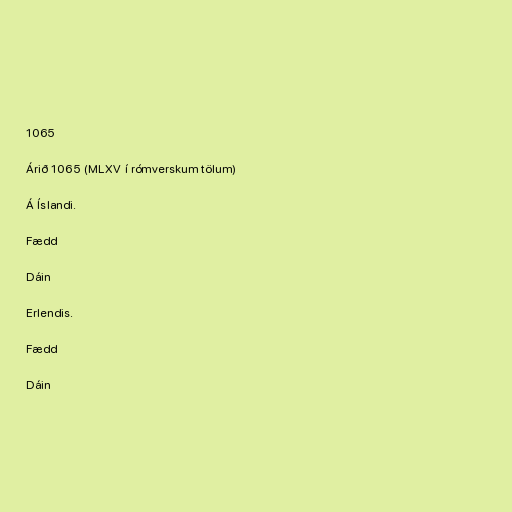
1065

Árið 1065 (MLXV í rómverskum tölum)

Á Íslandi.

Fædd

Dáin

Erlendis.

Fædd

Dáin